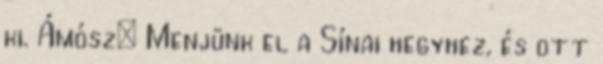
ki. Ámósz: Menjünk el a Sínai hegyhez, és ott